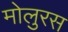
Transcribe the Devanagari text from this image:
मोलुरस